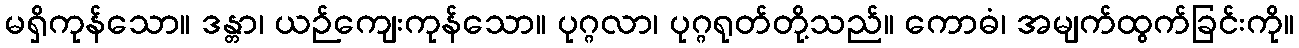
မရှိကုန်သော။ ဒန္တာ၊ ယဉ်ကျေးကုန်သော။ ပုဂ္ဂလာ၊ ပုဂ္ဂရုတ်တို့သည်။ ကောဓံ၊ အမျက်ထွက်ခြင်းကို။